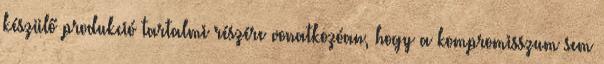
készülő produkció tartalmi részére vonatkozóan, hogy a kompromisszum sem